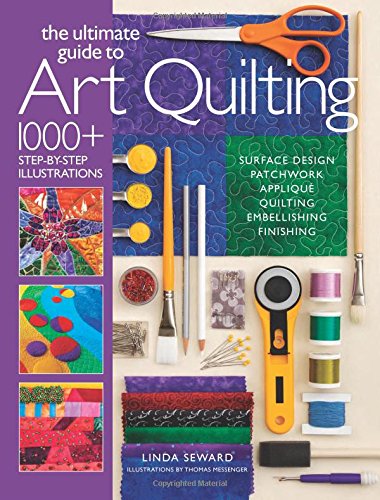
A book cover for The Ultimate Guide to Art Quilting: Surface Design * Patchwork* AppliquÃ© * Quilting * Embellishing * Finishing; Linda Seward; Crafts, Hobbies & Home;